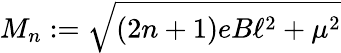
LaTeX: M_{n}:=\sqrt{\left(2n+1\right)eB\ell^{2}+\mu^{2}}